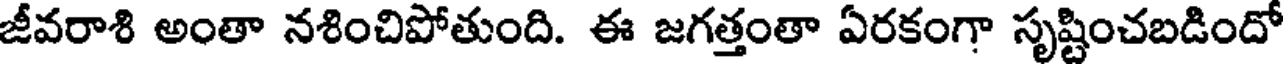
జీవరాశి అంతా నశించిపోతుంది. ఈ జగత్తంతా ఏరకంగా సృష్టించబడిందో